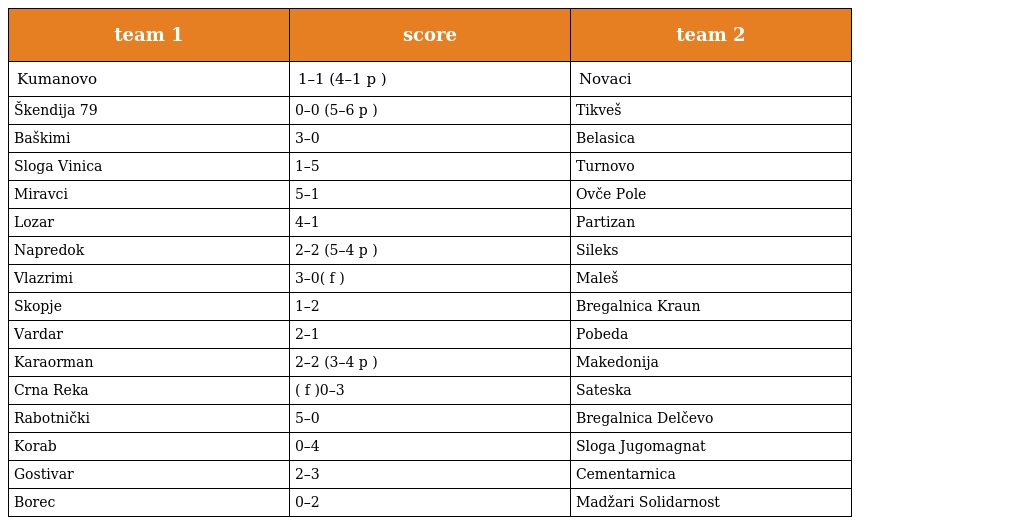
| team 1 | score | team 2 |
 | --- | --- | --- |
 | Kumanovo | 1–1 (4–1 p ) | Novaci |
 | Škendija 79 | 0–0 (5–6 p ) | Tikveš |
 | Baškimi | 3–0 | Belasica |
 | Sloga Vinica | 1–5 | Turnovo |
 | Miravci | 5–1 | Ovče Pole |
 | Lozar | 4–1 | Partizan |
 | Napredok | 2–2 (5–4 p ) | Sileks |
 | Vlazrimi | 3–0( f ) | Maleš |
 | Skopje | 1–2 | Bregalnica Kraun |
 | Vardar | 2–1 | Pobeda |
 | Karaorman | 2–2 (3–4 p ) | Makedonija |
 | Crna Reka | ( f )0–3 | Sateska |
 | Rabotnički | 5–0 | Bregalnica Delčevo |
 | Korab | 0–4 | Sloga Jugomagnat |
 | Gostivar | 2–3 | Cementarnica |
 | Borec | 0–2 | Madžari Solidarnost |